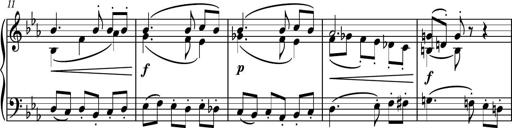
Title: Piano Sonatina No.5
Composer: Dimitri Sykias
Key: C minor